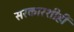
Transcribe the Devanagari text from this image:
सरकारशीही